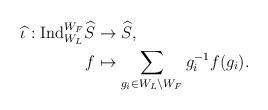
LaTeX: \begin{align*}\begin{aligned}\widehat{\iota}:\mathrm{Ind}_{W_L}^{W_F}\widehat{S}&\rightarrow \widehat{S},\\f&\mapsto \sum_{g_i\in W_L\backslash W_F}g_{i}^{-1}f(g_{i}).\end{aligned}\end{align*}